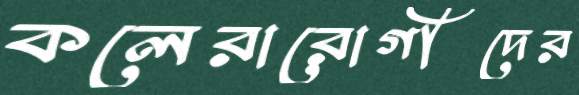
কলেরারোগীদের